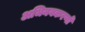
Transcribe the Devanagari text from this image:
अभिनवकरणों